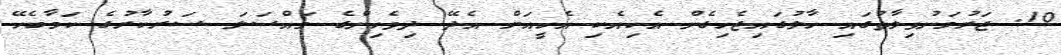
10. ޖަރުމަނުވިލާތުގައި ހާލުގައިޖެހިގެން އެކިއެކި އެހީއަށް އެދޭ ދިވެހިންގެ މައްސަލަ ސަރުކާރުގެ ކަމާބެހޭ